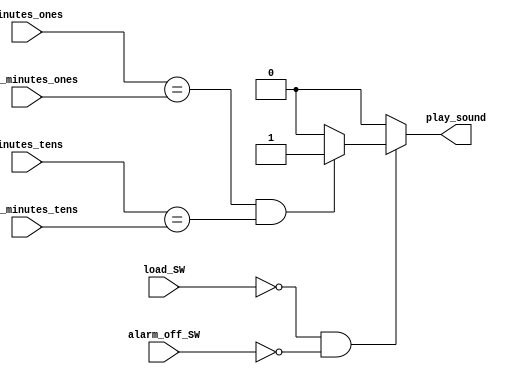
`timescale 1ns / 1ps

module check_alarm(
    input [3:0] minutes_ones, load_minutes_ones,
    input [2:0] minutes_tens, load_minutes_tens, 
    input load_SW, alarm_off_SW, 
    output reg play_sound
    );
    
    always@(*) begin
        play_sound = 0;
        if(~load_SW && ~alarm_off_SW)
            if(minutes_ones == load_minutes_ones && minutes_tens == load_minutes_tens)
                play_sound = 1;
    end
    
endmodule